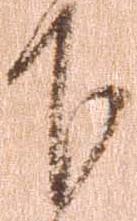
下